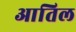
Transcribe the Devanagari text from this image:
आतिल